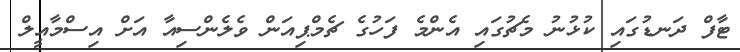
ޓާފް ދަނޑުގައި ކުޅުނު މެޗުގައި އެންމެ ފަހުގެ ޗެމްޕިއަން ވެލެންސިއާ އަށް އިސްމާއީލް